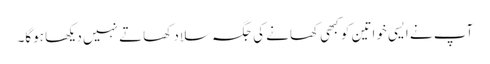
آپ نے ایسی خواتین کو کبھی کھانے کی جگہ سلاد کھاتے نہیں دیکھا ہوگا۔